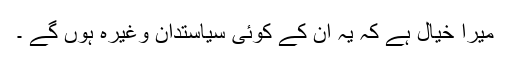
میرا خیال ہے کہ یہ ان کے کوئی سیاستدان وغیرہ ہوں گے ۔